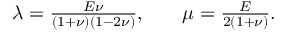
\begin{array} { r l } { \lambda = \frac { E \nu } { ( 1 + \nu ) ( 1 - 2 \nu ) } , \quad } & { { } \mu = \frac { E } { 2 ( 1 + \nu ) } . } \end{array}